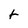
Character: t